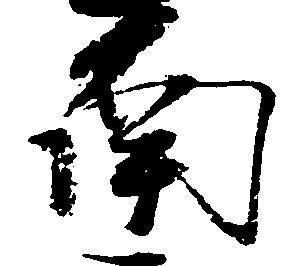
南